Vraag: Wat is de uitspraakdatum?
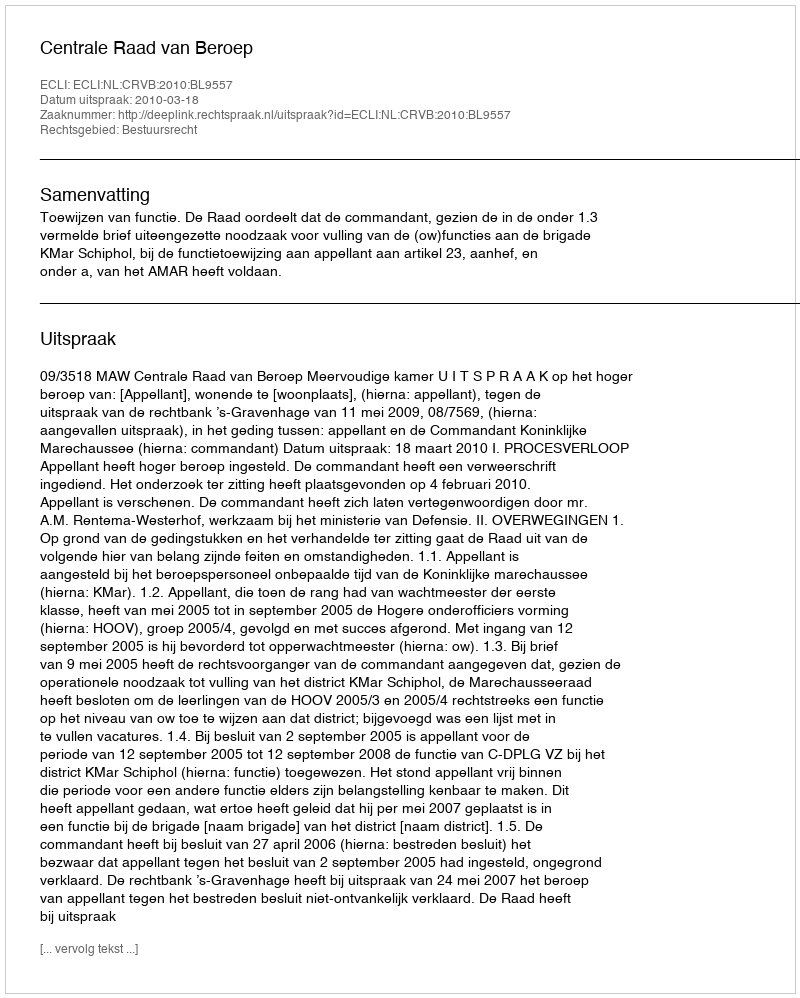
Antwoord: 2010-03-18